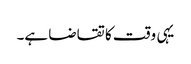
یہی وقت کا تقاضا ہے۔